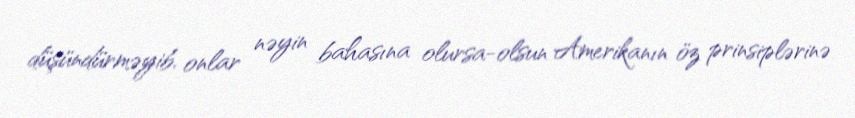
düşündürməyib, onlar nəyin bahasına olursa-olsun Amerikanın öz prinsiplərinə